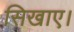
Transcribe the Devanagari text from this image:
सिखाए।